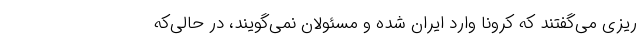
ریزی می‌گفتند که کرونا وارد ایران شده و مسئولان نمی‌گویند، در حالی‌که